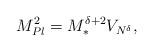
LaTeX: \begin{align*}M_{Pl}^{2}= M_{\ast}^{\delta + 2}V_{N^{\delta}},\end{align*}